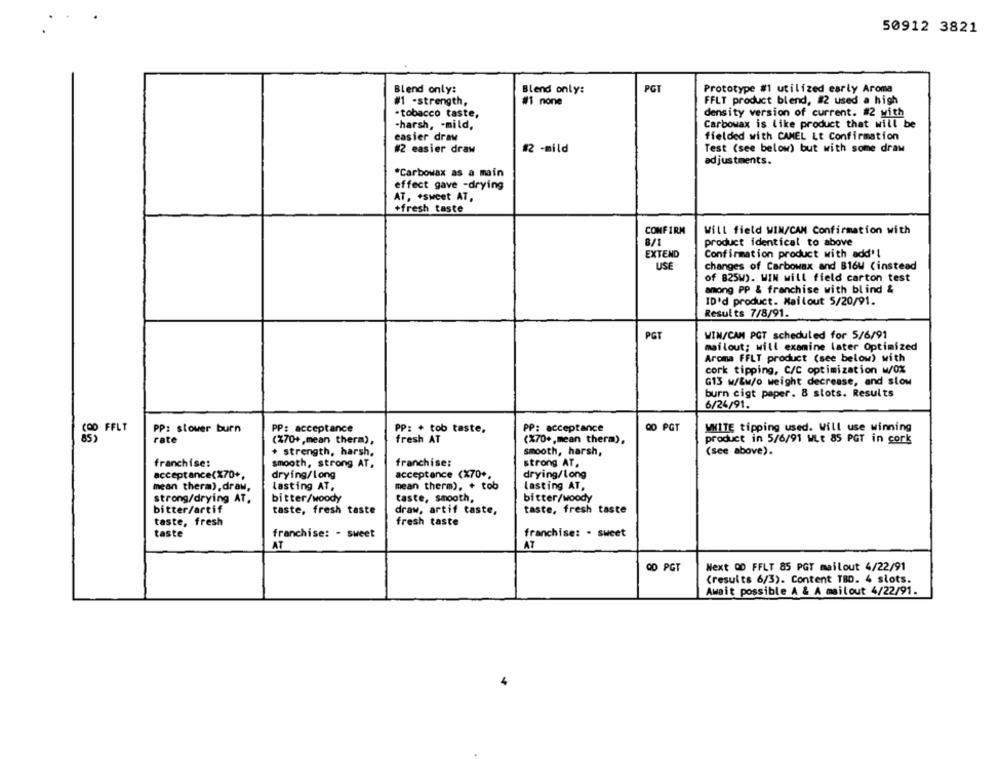
50912 3821
Blend only:
Blend only:
PGT
Prototype #1 utilized early Aroma
#1 -strength,
#1 none
FFLT product blend, #2 used a high
tobacco taste,
density version of current. #2 with
-harsh, - mild,
Carbowax is like product that will be
easier draw
fielded with CAMEL Lt Confirmation
#2 easier draw
#2 -mild
Test (see below) but with some draw
adjustments.
*Carbowax as a main
effect gave -drying
AT, +sweet AT,
+fresh taste
CONFIRM
Will field WIN/CAM Confirmation with
8/1
product identical to above
EXTEND
Confirmation product with add'l
USE
changes of Carbowax and B16W (instead
of 825W). WIN will field carton test
among PP & franchise with blind &
ID'd product. Mailout 5/20/91.
Results 7/8/91.
PGT
WIM/CAN PGT scheduled for 5/6/91
mailout; will examine later Optimized
Aroma FFLT product (see below) with
cork tipping, C/C optimization w/0%
G13 w/&w/o weight decrease, and slow
burn cigt paper. 8 slots. Results
6/24/91.
OD PGT
COD FELT
PP: slower burn
PP: acceptance
PP: + tob taste,
PP: acceptance
WHITE tipping used. Will use winning
85 )
rate
(X70+,mean therm),
fresh AT
(%70+,mean therm),
product in 5/6/91 WLt 85 PGT in cork
+ strength, harsh,
smooth, harsh,
(see above).
franchise:
smooth, strong AT,
franchise:
strong AT.
acceptance(X70+,
drying/long
acceptance (X70+,
drying/long
mean therm). + tob
lasting AT,
mean therm),draw,
lasting AT.
strong/drying AT.
bitter/woody
taste, smooth,
bitter/woody
bitter/artif
taste, fresh taste
taste, fresh taste
draw, artif taste,
taste, fresh
fresh taste
taste
franchise: - sweet
franchise: - sweet
AT
AT
OD PGT
Next OD FFLT 85 PGT mailout 4/22/91
(results 6/3). Content TBD. 4 slots.
Await possible A & A mailout 4/22/91.